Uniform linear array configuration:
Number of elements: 64
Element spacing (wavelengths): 0.75
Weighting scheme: exponential
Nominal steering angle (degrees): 30
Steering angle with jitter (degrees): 29.775
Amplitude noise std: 0.05
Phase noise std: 0.05

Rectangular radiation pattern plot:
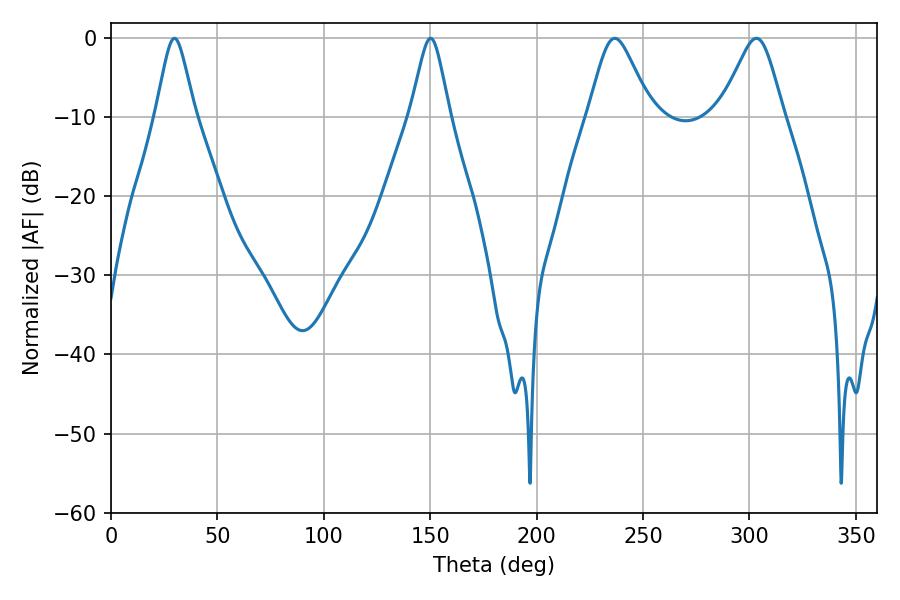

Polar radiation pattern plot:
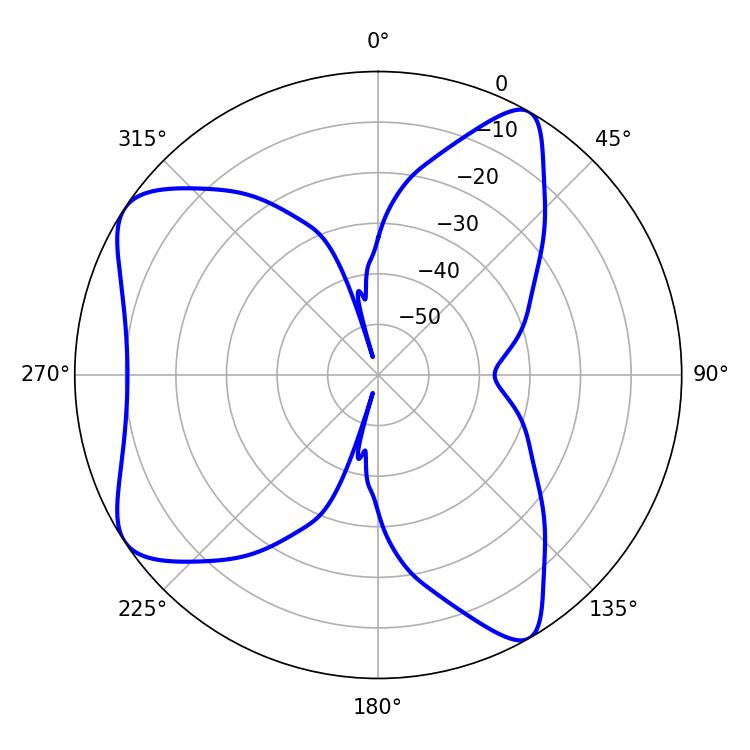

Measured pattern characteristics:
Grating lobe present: TRUE
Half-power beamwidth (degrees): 14.4
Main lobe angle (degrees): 236.7